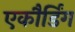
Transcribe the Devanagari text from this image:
एकौर्डिंग